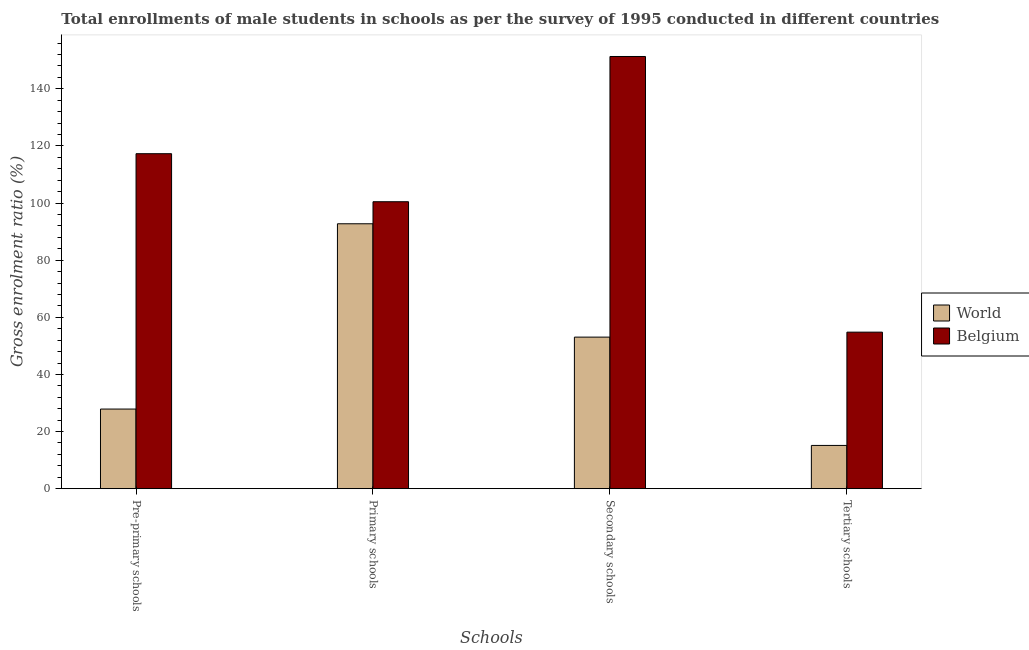
| Schools | World | Belgium |
 | --- | --- | --- |
 | Pre-primary schools | 27.9 | 117 |
 | Primary schools | 92.8 | 100 |
 | Secondary schools | 53.1 | 151 |
 | Tertiary schools | 15.1 | 54.8 |